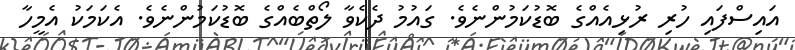
އައިސްފައި ހުރި ރުޅިއެއްގެ ބޮޑުކަމުންނެވެ. ގައުމު ދެކެވާ ލޯތްބެއްގެ ބޮޑުކަމުންނެވެ. އެކަމަކު އެމީހާ